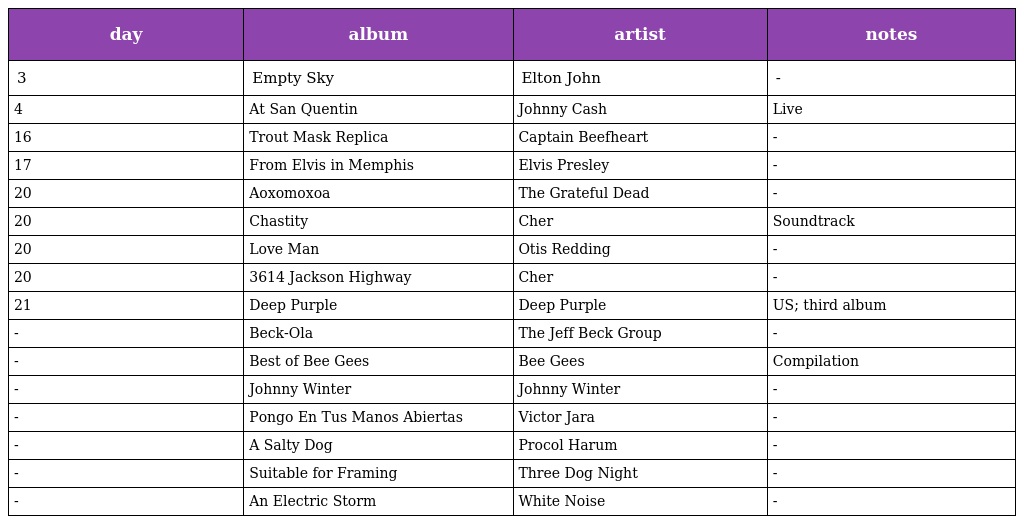
| day | album | artist | notes |
 | --- | --- | --- | --- |
 | 3 | Empty Sky | Elton John | - |
 | 4 | At San Quentin | Johnny Cash | Live |
 | 16 | Trout Mask Replica | Captain Beefheart | - |
 | 17 | From Elvis in Memphis | Elvis Presley | - |
 | 20 | Aoxomoxoa | The Grateful Dead | - |
 | 20 | Chastity | Cher | Soundtrack |
 | 20 | Love Man | Otis Redding | - |
 | 20 | 3614 Jackson Highway | Cher | - |
 | 21 | Deep Purple | Deep Purple | US; third album |
 | - | Beck-Ola | The Jeff Beck Group | - |
 | - | Best of Bee Gees | Bee Gees | Compilation |
 | - | Johnny Winter | Johnny Winter | - |
 | - | Pongo En Tus Manos Abiertas | Victor Jara | - |
 | - | A Salty Dog | Procol Harum | - |
 | - | Suitable for Framing | Three Dog Night | - |
 | - | An Electric Storm | White Noise | - |